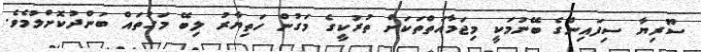
ސޫރިޔާ ސިފައިންގެ ބޭނުމަކީ މިޖަމާއަތްތަކަށް ތުރުކީގެ މަގުން ހަތިޔާރު ލިބޭ މަގުތައް ބަންދުކޮށްލުމެވެ.